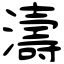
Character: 濤